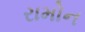
રામોન